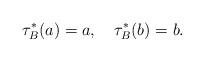
LaTeX: \begin{align*}\tau^{*}_{B}(a) = a, \quad \tau^{*}_{B}(b) = b.\end{align*}